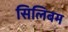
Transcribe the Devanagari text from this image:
सिलिबम